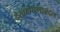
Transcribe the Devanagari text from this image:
देखणेपणाबद्दल